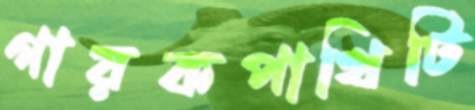
গায়কপাখিটি